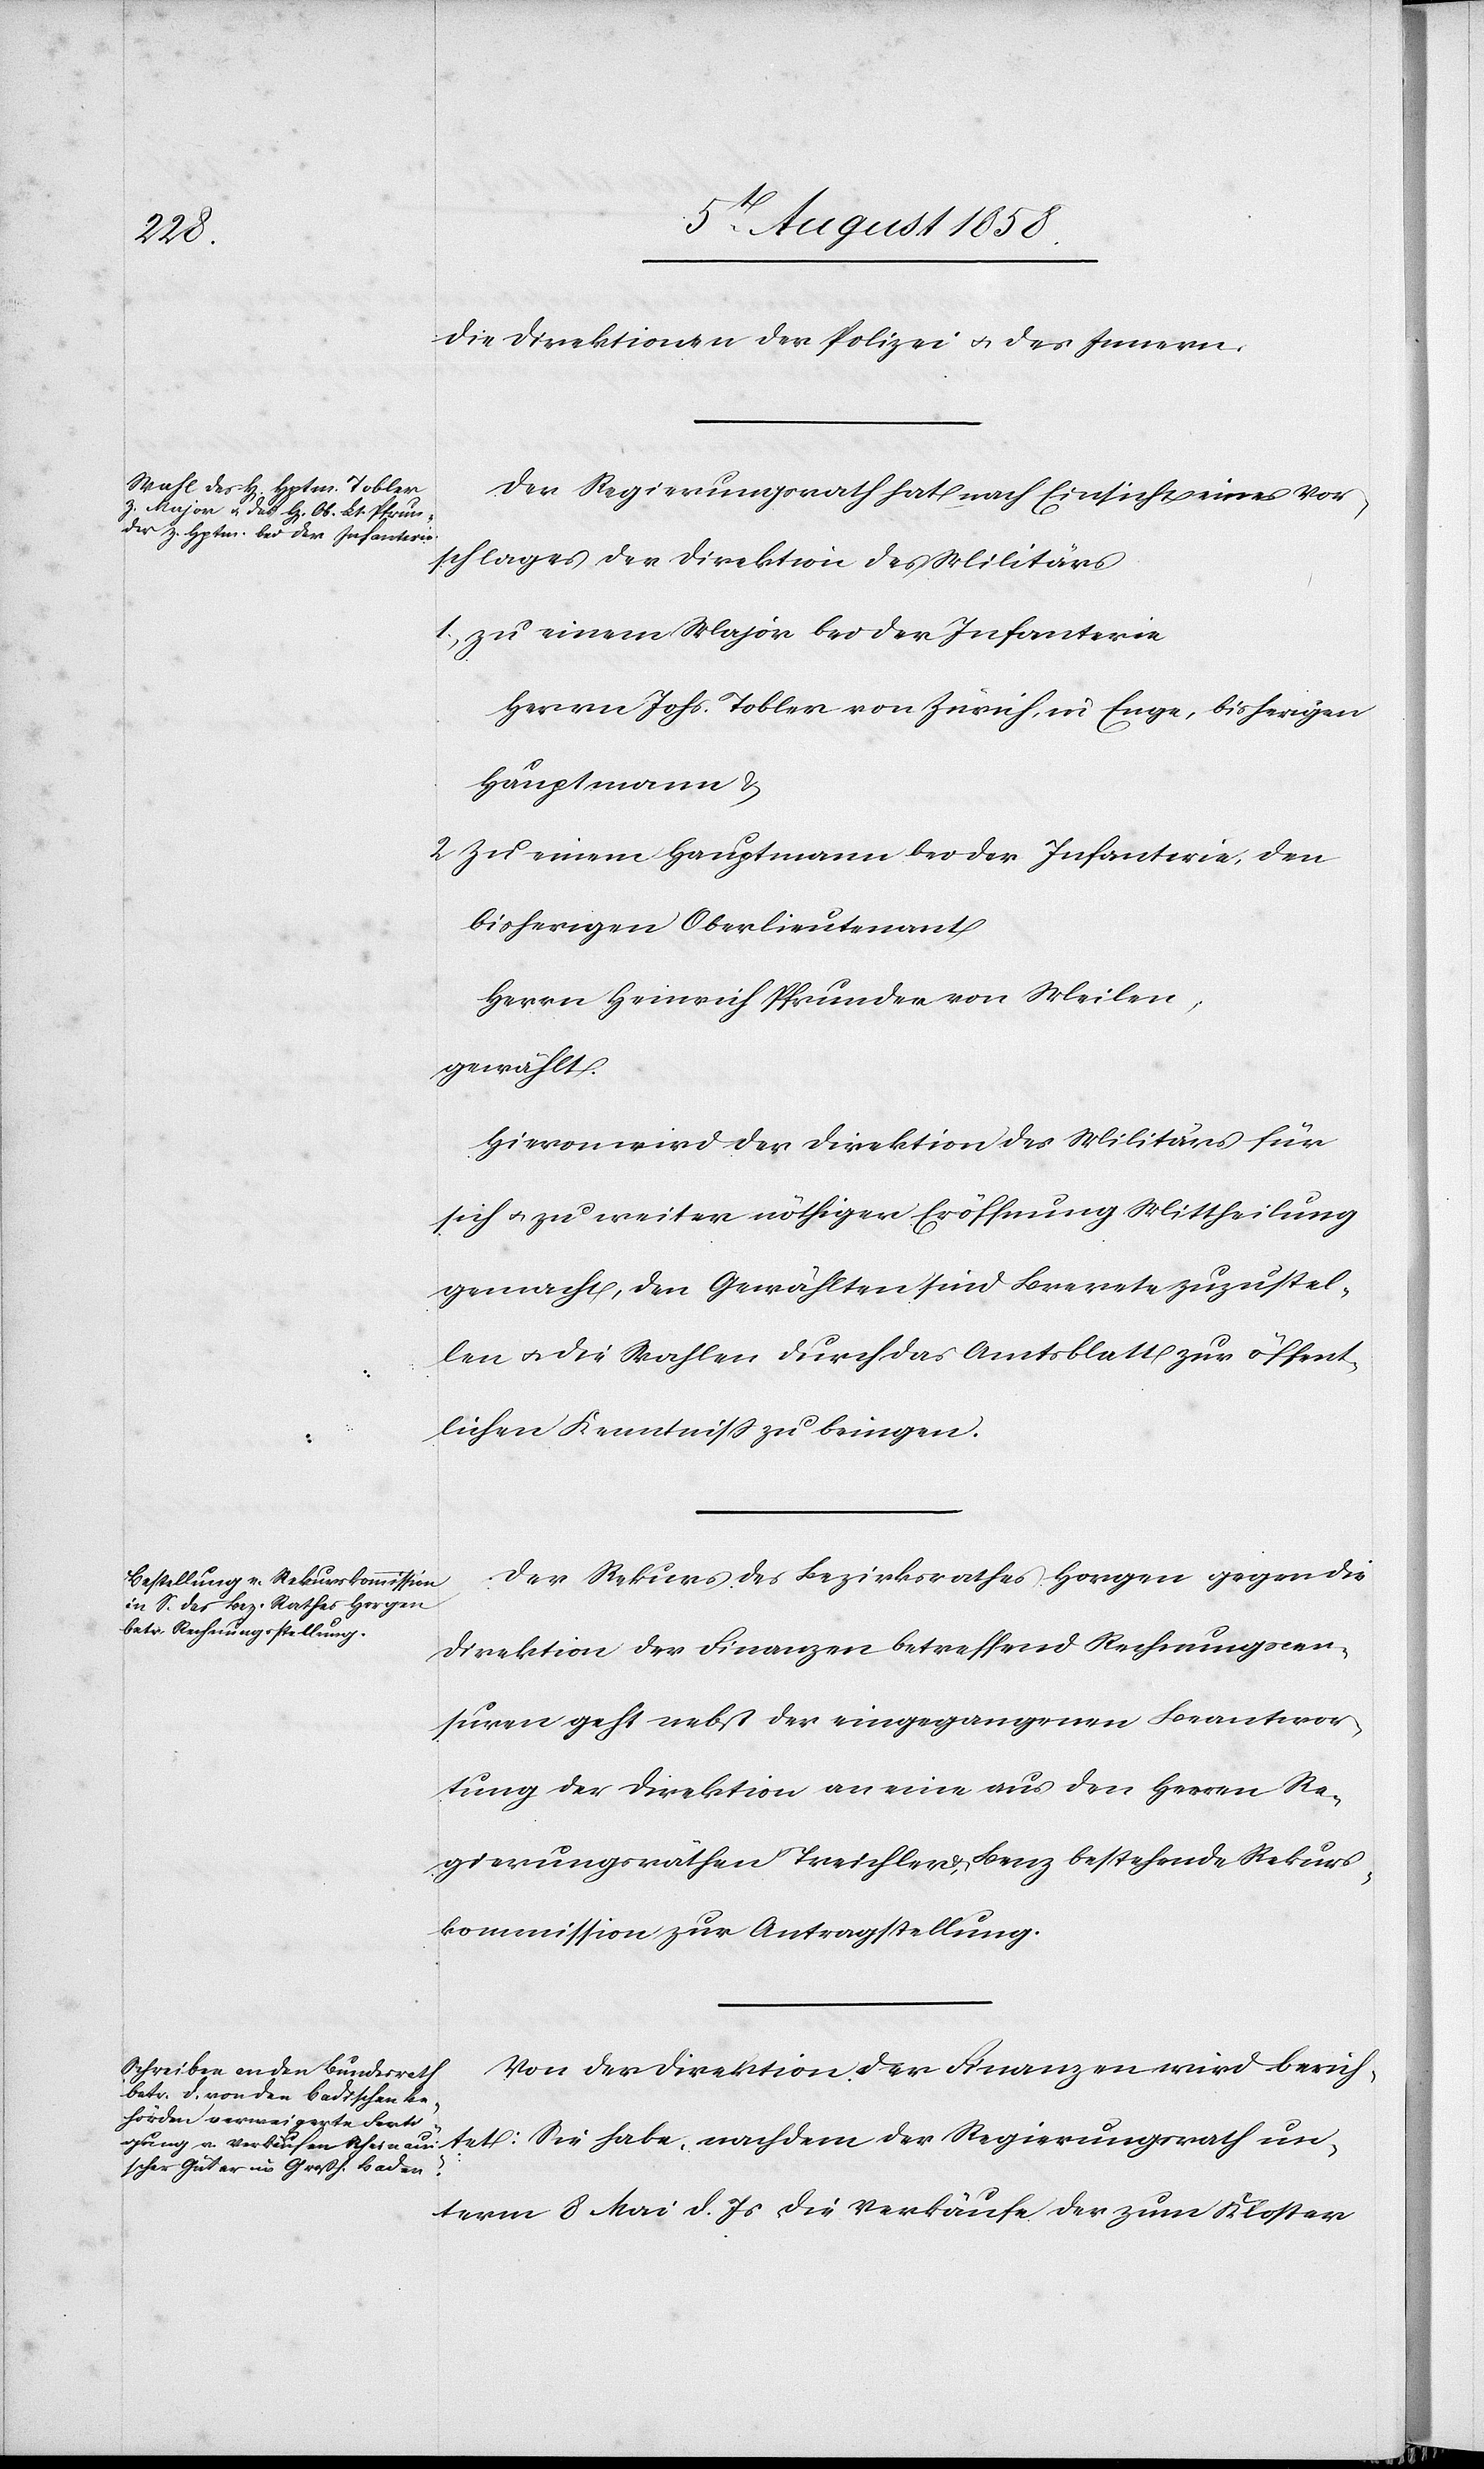
tet:
die Direktionen der Polizei & des Innern.
Der Regierungsrath hat nach Einsicht eines Vor¬
schlages der Direktion des Militärs
zu einem Major bei der Infanterie
Herrn Johs. Tobler von Zürich, in Enge, bisherigen
Hauptmann &
zu einem Hauptmann bei der Infanterie, den
bisherigen Oberlieutenant
Herrn Heinrich Pfrunder von Meilen,
gewählt.
Hievon wird der Direktion des Militärs für
sich & zu weiter nöthiger Eröffnung Mittheilung
gemacht, den Gewählten sind Brevete zuzustel¬
len & die Wahlen durch das Amtsblatt zur öffent¬
lichen Kenntniss zu bringen.
Der Rekurs des Bezirksrathes Horgen gegen die
Direktion der Finanzen betreffend Rechnungscen¬
suren geht nebst der eingegangenen Beantwor¬
tung der Direktion an eine aus den Herren Re¬
gierungsräthen Treichler & Benz bestehende Rekurs¬
kommission zur Antragstellung.
Von der Direktion der Finanzen wird berich¬
unterm 8 Mai d. Js die Verkäufe der zum Kloster